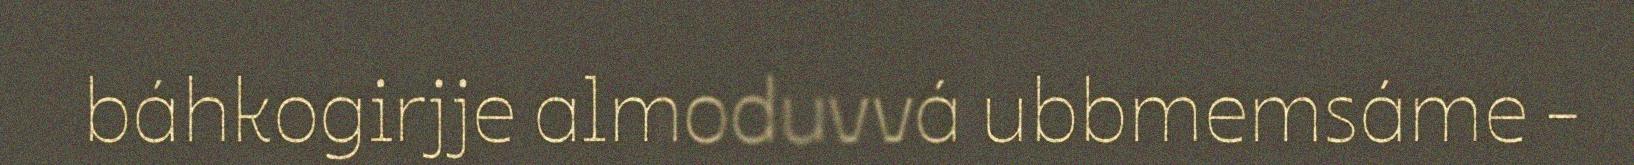
báhkogirjje almoduvvá ubbmemsáme -